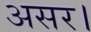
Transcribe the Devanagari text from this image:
असर।